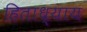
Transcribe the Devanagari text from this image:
हिताध्याय